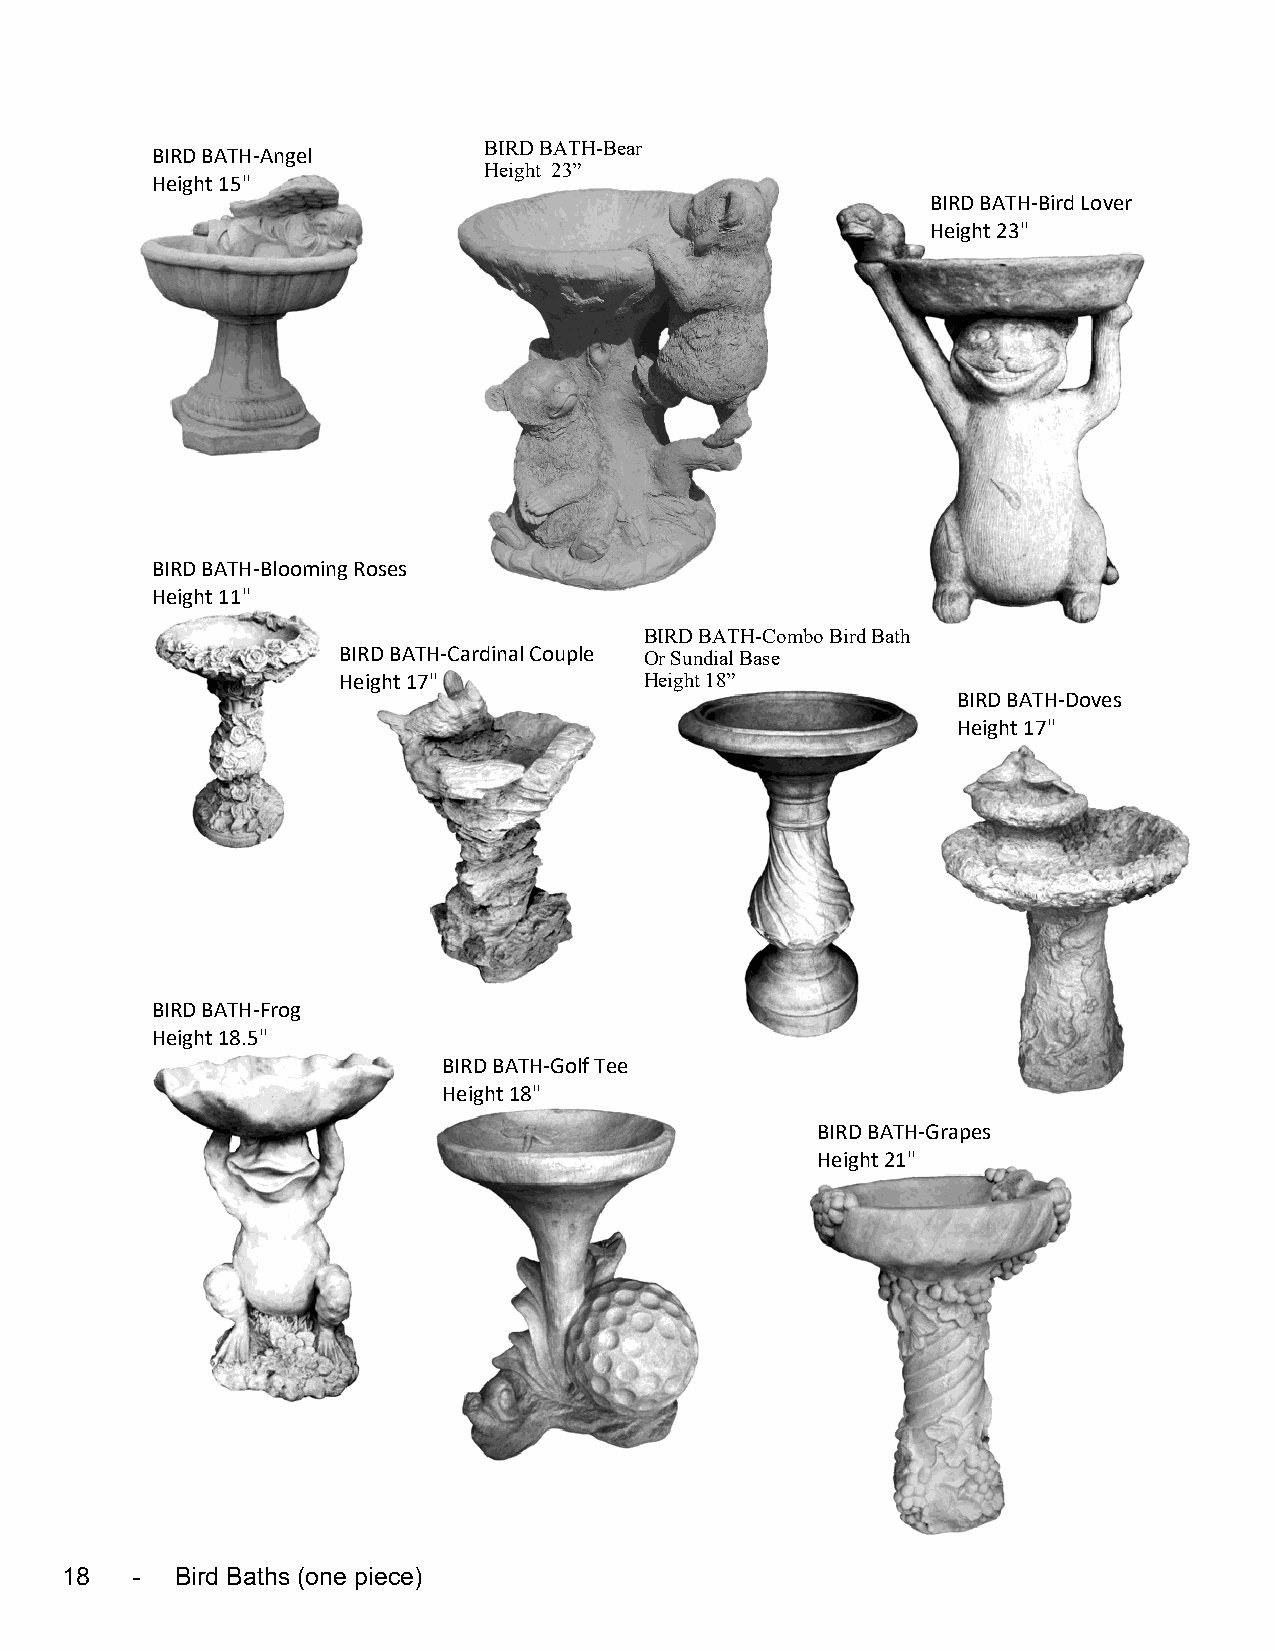
BIRD BATH-Bear
 BIRD BATH-Angel
 Height 23”
 Height 15"
 BIRD BATH-Bird Lover
 Height 23"
 BIRD BATH-Blooming Roses
 Height 11"
 BIRD BATH-Combo Bird Bath
 BIRD BATH-Cardinal Couple O r S u n d i al Base
 Height 17"           Height 18”
 BIRD BATH-Doves
 Height 17"
 BIRD BATH-Frog
 Height 18.5"
 BIRD BATH-Golf Tee
 Height 18"
 BIRD BATH-Grapes
 Height 21"
 18   -  Bird Baths (one piece)